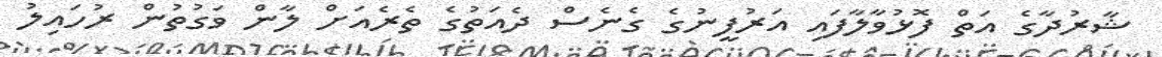
ޝާރުދާގެ އަތް ފޮޅުވާލާފައި އަރުފީނުގެ ގެނެސް ދެއަތުގެ ތެރެއަށް ލާން ވަގުތުން ރުހައިލު